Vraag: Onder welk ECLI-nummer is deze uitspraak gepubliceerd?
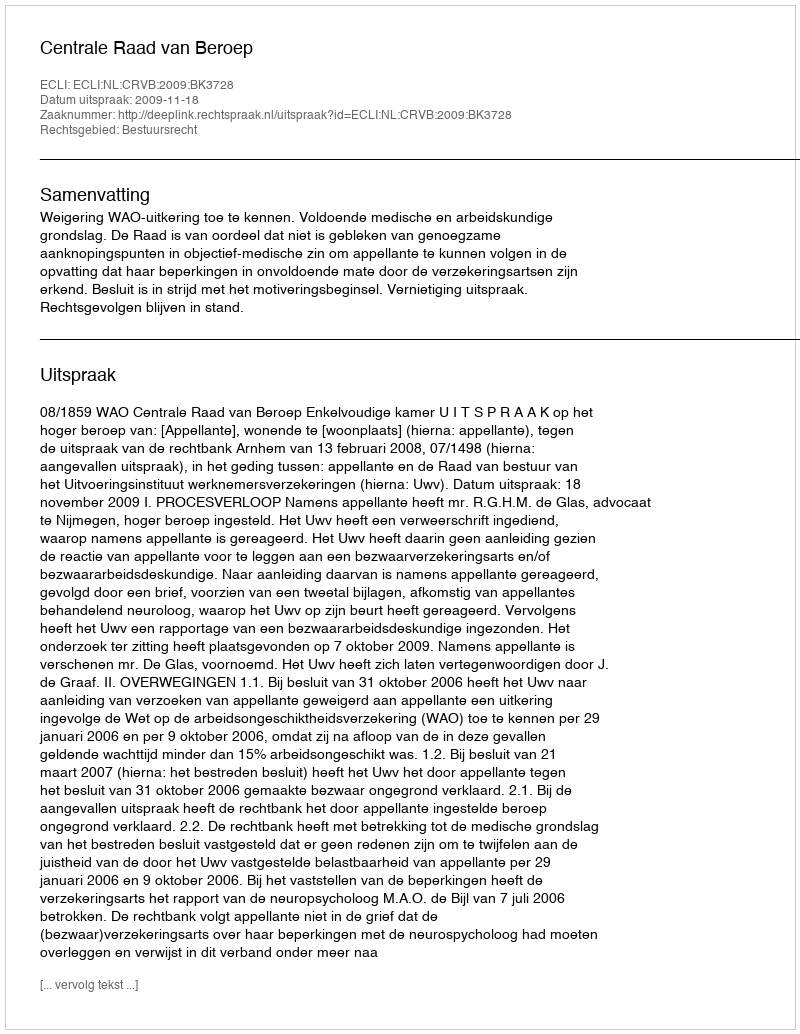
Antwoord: ECLI:NL:CRVB:2009:BK3728